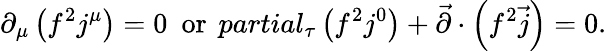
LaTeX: \partial_{\mu}\left(f^{2}j^{\mu}\right)=0\ \ \mathrm{or}\ \, partial_{\tau}\left(f^{2}j^{0}\right)+\vec{\partial}\cdot\left(f^{2}\vec{j}\right)=0.